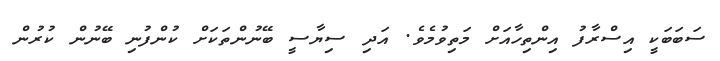
ސަބަބަކީ އިސްރާފު އިންތިހާއަށް މަތިވުމެވެ. އަދި ސިޔާސީ ބޭނުންތަކަށް ކުންފުނި ބޭނުން ކުރުން